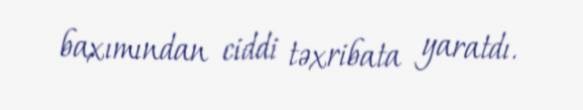
baxımından ciddi təxribata yaratdı.